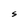
Character: S